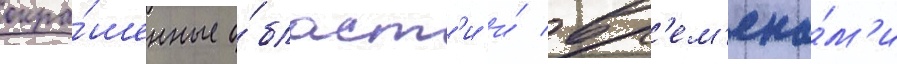
окра́шенные о́бласт'и и́ вр'ем'ена́м'и